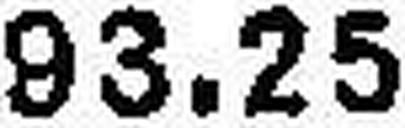
93.25